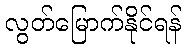
လွတ်မြောက်နိုင်ရန်